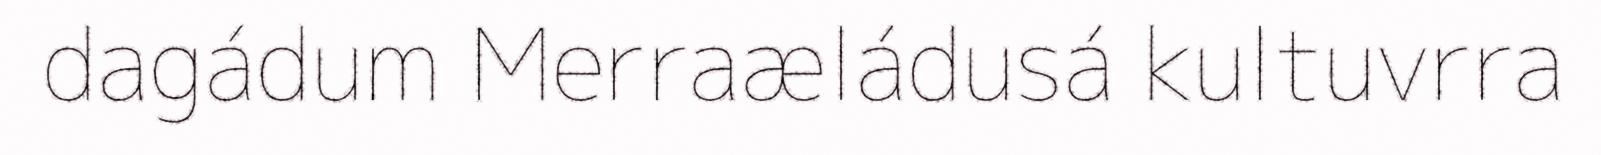
dagádum Merraæládusá kultuvrra